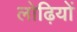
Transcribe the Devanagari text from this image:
लोढ़ियों